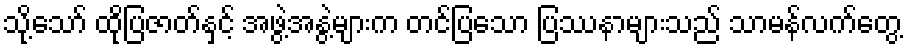
သို့သော် ထိုပြဇာတ်နှင့် အဖွဲ့အနွဲ့များက တင်ပြသော ပြဿနာများသည် သာမန်လက်တွေ့